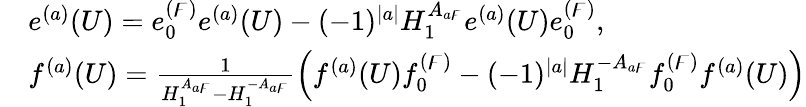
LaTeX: \begin{array}{rl}&{e^{(a)}(U)=e_{0}^{(\digamma)}e^{(a)}(U)-(-1)^{|a|}H_{1}^{A_{a\digamma}}e^{(a)}(U)e_{0}^{(\digamma)},}\\ &{f^{(a)}(U)=\frac{1}{H_{1}^{A_{a\digamma}}-H_{1}^{-A_{a\digamma}}}\left(f^{(a)}(U)f_{0}^{(\digamma)}-(-1)^{|a|}H_{1}^{-A_{a\digamma}}f_{0}^{(\digamma)}f^{(a)}(U)\right)}\end{array}